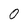
Character: 0